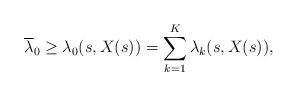
LaTeX: \begin{align*}\overline \lambda_0 \ge \lambda_0(s,X(s))= \sum_{k=1}^K \lambda_k (s,X(s)),\end{align*}